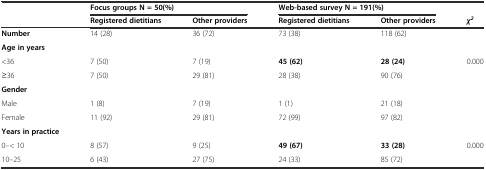
<table><thead><tr><td rowspan="2"></td><td colspan="2"><b>Focus groups N = 50(%)</b></td><td colspan="2"><b>Web-based survey N = 191(%)</b></td><td></td></tr><tr><td><b>Registered dietitians</b></td><td><b>Other providers</b></td><td><b>Registered dietitians</b></td><td><b>Other providers</b></td><td><b><i>χ</i><sup><i>2</i></sup></b></td></tr></thead><tbody><tr><td><b>Number</b></td><td>14 (28)</td><td>36 (72)</td><td>73 (38)</td><td>118 (62)</td><td></td></tr><tr><td><b>Age in years</b></td><td></td><td></td><td></td><td></td><td></td></tr><tr><td>&lt;36</td><td>7 (50)</td><td>7 (19)</td><td><b>45 (62)</b></td><td><b>28 (24)</b></td><td>0.000</td></tr><tr><td>≥36</td><td>7 (50)</td><td>29 (81)</td><td>28 (38)</td><td>90 (76)</td><td></td></tr><tr><td><b>Gender</b></td><td></td><td></td><td></td><td></td><td></td></tr><tr><td>Male</td><td>1 (8)</td><td>7 (19)</td><td>1 (1)</td><td>21 (18)</td><td></td></tr><tr><td>Female</td><td>11 (92)</td><td>29 (81)</td><td>72 (99)</td><td>97 (82)</td><td></td></tr><tr><td><b>Years in practice</b></td><td></td><td></td><td></td><td></td><td></td></tr><tr><td>0–&lt; 10</td><td>8 (57)</td><td>9 (25)</td><td><b>49 (67)</b></td><td><b>33 (28)</b></td><td>0.000</td></tr><tr><td>10–25</td><td>6 (43)</td><td>27 (75)</td><td>24 (33)</td><td>85 (72)</td><td></td></tr></tbody></table>